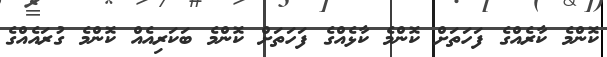
ކޮންމެ ކާރެއްގެ ފަހަތަށް ކޮންމެ ކާޅެއްގެ ފަހަތަށް ކޮންމެ ބަކަރިއެއް ކޮންމެ ގުރައެއްގެ